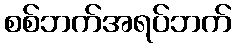
စစ်ဘက်အရပ်ဘက်